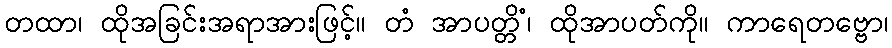
တထာ၊ ထိုအခြင်းအရာအားဖြင့်။ တံ အာပတ္တိံ၊ ထိုအာပတ်ကို။ ကာရေတဗ္ဗော၊